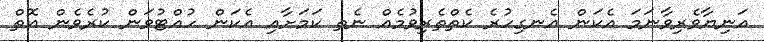
އަނިޔާވެރިވާނަމަ އެކަން އެނގިހުރެ ކެތްތެރިވުމެއް ނެތ ކަމަށާއި އެކަން ހުއްޓުވަން ކުރެވެން އޮތް